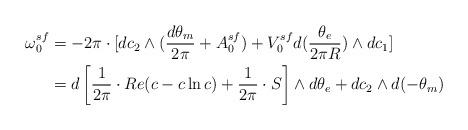
LaTeX: \begin{align*}\omega_0^{sf} &= -2\pi \cdot [ dc_2 \wedge (\frac{d\theta_m}{2\pi} + A^{sf}_0) + V^{sf}_0 d(\frac{\theta_e}{2\pi R}) \wedge dc_1] \\&= d\left[ \frac{1}{2\pi} \cdot Re(c -c \ln c) + \frac{1}{2\pi} \cdot S \right] \wedge d\theta_e + dc_2 \wedge d(-\theta_m)\end{align*}